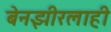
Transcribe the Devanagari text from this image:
बेनझीरलाही